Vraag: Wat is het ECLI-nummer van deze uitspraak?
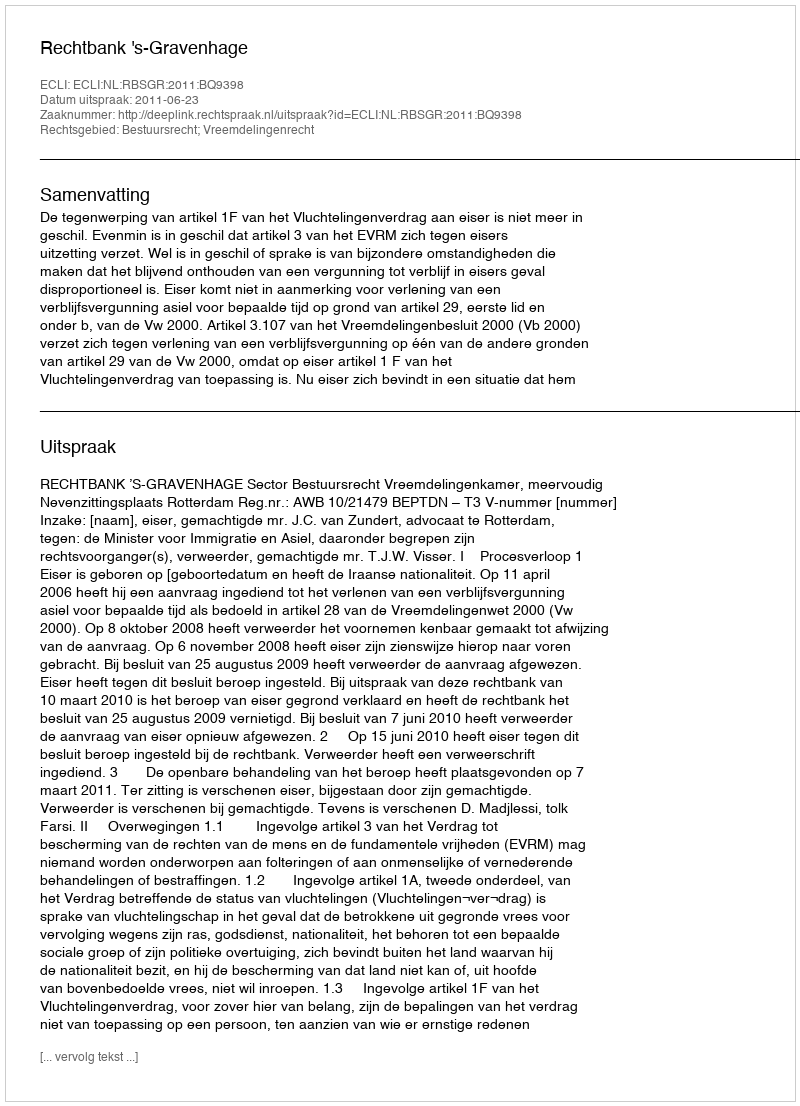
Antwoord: ECLI:NL:RBSGR:2011:BQ9398